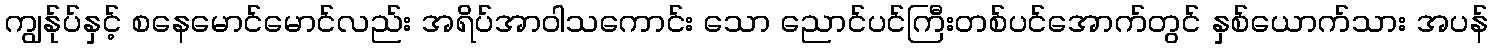
ကျွန်ုပ်နှင့် စနေမောင်မောင်လည်း အရိပ်အာဝါသကောင်း သော ညောင်ပင်ကြီးတစ်ပင်အောက်တွင် နှစ်ယောက်သား အပန်